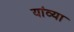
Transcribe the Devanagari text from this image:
यांव्या